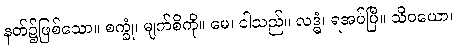
နတ်၌ဖြစ်သော။ စက္ခုံ၊ မျက်စိကို။ မေ၊ ငါသည်။ လဒ္ဓံ၊ ရအပ်ပြီ။ သိဝယော၊